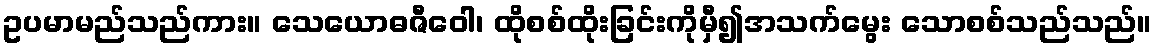
ဥပမာမည်သည်ကား။ သေယောဓဇီဝေါ၊ ထိုစစ်ထိုးခြင်းကိုမှီ၍အသက်မွေး သောစစ်သည်သည်။